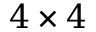
4 \times 4